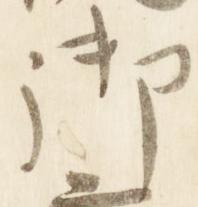
御